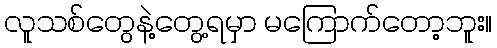
လူသစ်တွေနဲ့တွေ့ရမှာ မကြောက်တော့ဘူး။